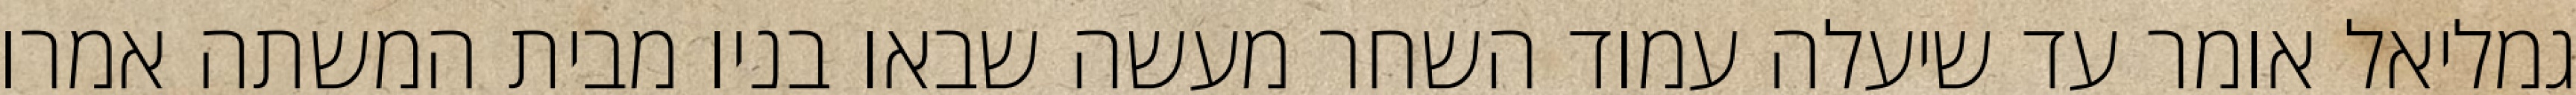
גמליאל אומר עד שיעלה עמוד השחר מעשה שבאו בניו מבית המשתה אמרו